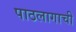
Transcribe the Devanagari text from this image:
पाठलागाची